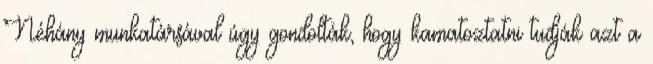
Néhány munkatársával úgy gondolták, hogy kamatoztatni tudják azt a